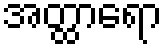
အတ္ထာရော